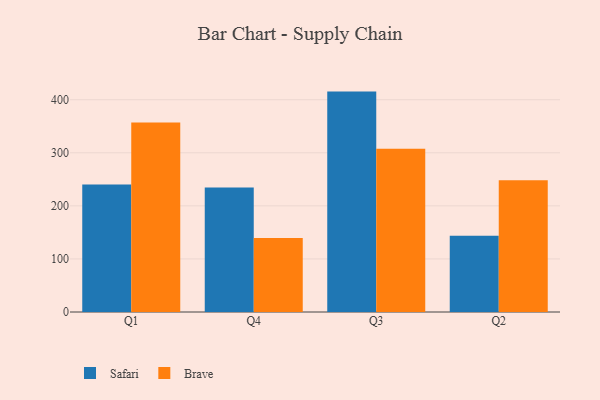
{"axis": {"x": "Quarter", "y": "Backlog"}, "legend": ["Brave", "Safari"], "data": [{"x": "Q1", "y": 240.1, "type": "Safari"}, {"x": "Q1", "y": 356.9, "type": "Brave"}, {"x": "Q4", "y": 234.6, "type": "Safari"}, {"x": "Q4", "y": 139.5, "type": "Brave"}, {"x": "Q3", "y": 415.3, "type": "Safari"}, {"x": "Q3", "y": 307.4, "type": "Brave"}, {"x": "Q2", "y": 143.8, "type": "Safari"}, {"x": "Q2", "y": 248.2, "type": "Brave"}]}